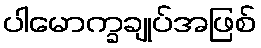
ပါမောက္ခချုပ်အဖြစ်